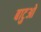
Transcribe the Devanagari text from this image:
बाटुओ